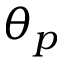
\theta _ { p }